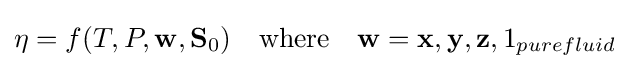
\eta =f(T,P,\mathbf {w} ,\mathbf {S} _{0})\quad {\text{where}}\quad \mathbf {w} =\mathbf {x} ,\mathbf {y} ,\mathbf {z} ,1_{purefluid}